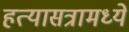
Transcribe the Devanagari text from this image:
हत्यासत्रामध्ये